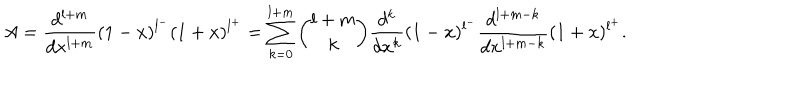
A = \frac { d ^ { l + m } } { d x ^ { l + m } } ( 1 - x ) ^ { l ^ { - } } ( 1 + x ) ^ { l ^ { + } } = \sum _ { k = 0 } ^ { l + m } { \binom { l + m } { k } } \frac { d ^ { k } } { d x ^ { k } } ( 1 - x ) ^ { l ^ { - } } \frac { d ^ { l + m - k } } { d x ^ { l + m - k } } ( 1 + x ) ^ { l ^ { + } } .